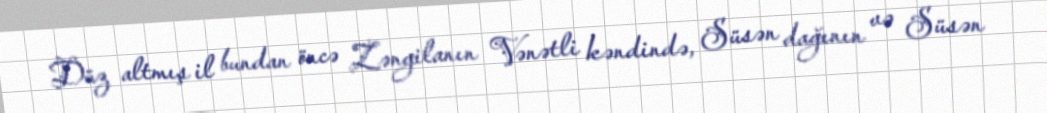
Düz altmış il bundan öncə Zəngilanın Vənətli kəndində, Süsən dağının və Süsən